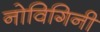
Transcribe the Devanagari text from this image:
नोविगिनी